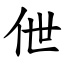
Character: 伳